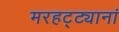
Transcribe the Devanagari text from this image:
मरहट्ट्यानां